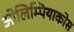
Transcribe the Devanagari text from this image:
ओलिम्पियाकोस